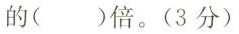
的( )倍。(3分)